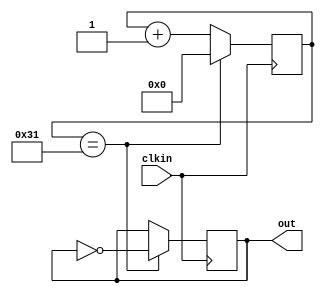
module fenpin100 (clkin,out);
input clkin;
output out;
reg out;
reg[7:0] num1;
    
   always@(posedge clkin)
   begin
        if(num1 == 49)
        begin
        out <= ~out;
        num1<=0;
        end
        else
        num1<=num1+1;
   end
        
endmodule